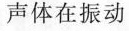
声体在振动